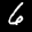
Label: 6